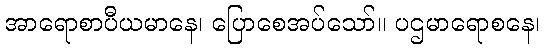
အာရောစာပီယမာနေ၊ ပြောစေအပ်သော်။ ပဌမာရောစနေ၊